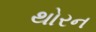
થોરન